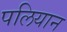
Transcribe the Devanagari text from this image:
पलियान